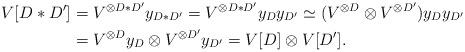
LaTeX: \begin{align*}V[D \ast D'] &= V^{\otimes D \ast D'}y_{D \ast D'} = V^{\otimes D \ast D'}y_{D} y_{D'} \simeq (V^{\otimes D} \otimes V^{\otimes D'}) y_D y_{D'}\\&= V^{\otimes D}y_D \otimes V^{\otimes D'}y_{D'} = V[D] \otimes V[D'].\end{align*}